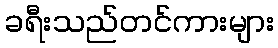
ခရီးသည်တင်ကားများ